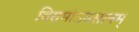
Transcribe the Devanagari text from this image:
विरामोऽवसानम्